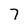
Character: 7